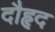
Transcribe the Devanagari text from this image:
दौहृद